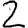
Digit: 2